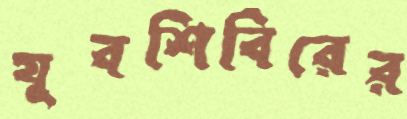
যুবশিবিরের